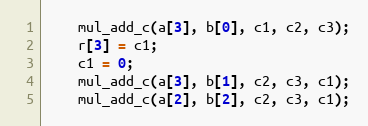
Language: C
	mul_add_c(a[3], b[0], c1, c2, c3);
	r[3] = c1;
	c1 = 0;
	mul_add_c(a[3], b[1], c2, c3, c1);
	mul_add_c(a[2], b[2], c2, c3, c1);